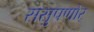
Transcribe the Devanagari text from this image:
ससुपणोर्